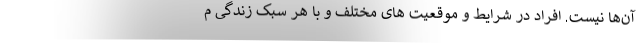
آن‌ها نیست. افراد در شرایط و موقعیت های مختلف و با هر سبک زندگی م